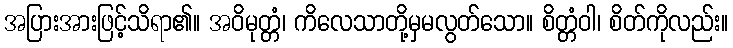
အပြားအားဖြင့်သိရာ၏။ အဝိမုတ္တံ၊ ကိလေသာတို့မှမလွတ်သော။ စိတ္တံဝါ၊ စိတ်ကိုလည်း။